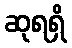
ဆုရရှိ